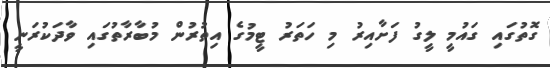
ގޮތުގައި ގައުމީ ލީގު ފަށާއިރު މި ހަތަރު ޓީމުގެ އިތުރުން މުބާރާތުގައި ވާދަކުރަނީ